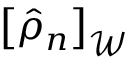
\left[ \hat { \rho } _ { n } \right] _ { \mathcal { W } }